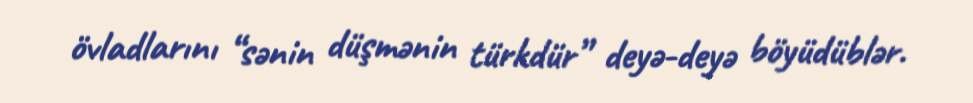
övladlarını “sənin düşmənin türkdür” deyə-deyə böyüdüblər.